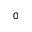
^ 0